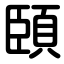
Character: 頣